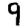
Digit: 9